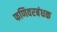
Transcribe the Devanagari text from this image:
फणिवरबंधक